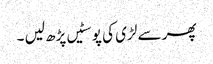
پھر سے لڑی کی پوسٹیں پڑھ لیں ۔